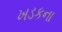
ખડકના